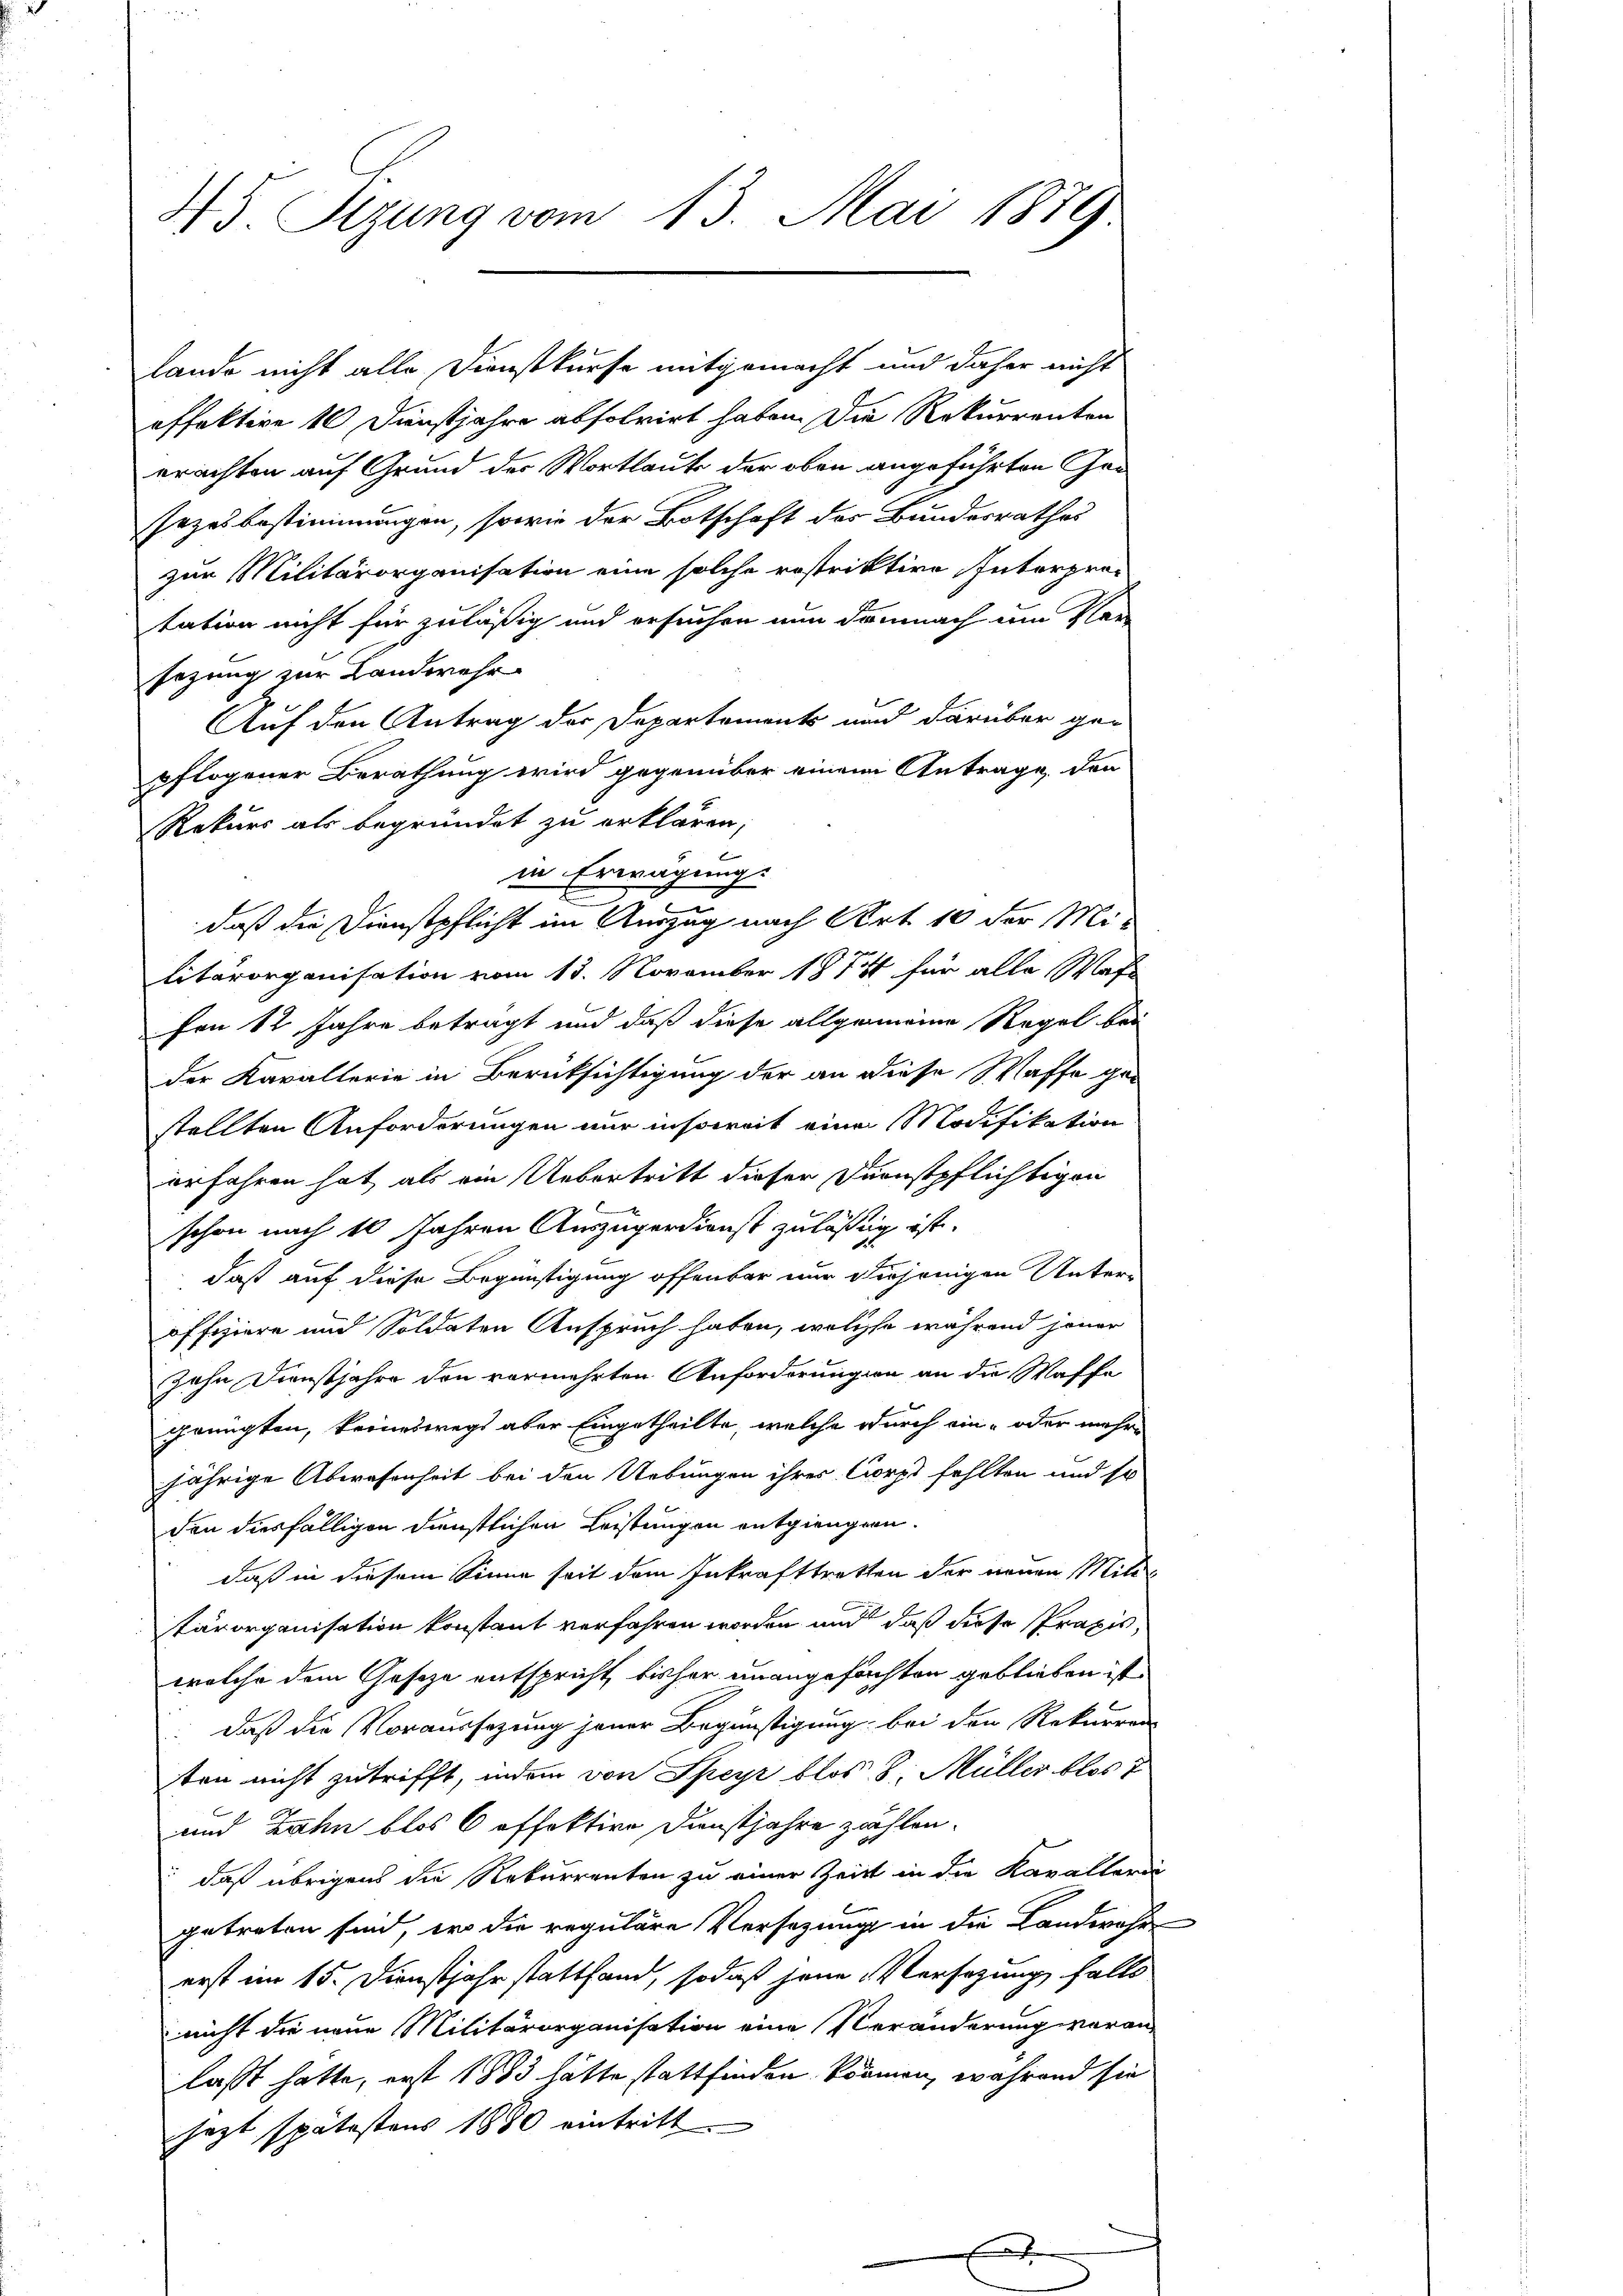
45. Sizung vom 13. Mai 1879

effektive 10 Dienstjahre absolvirt haben. Die Rekurrenten
erachten auf Grund der Wortlaut der oben angeführten Gansezes bestimmungen, sowie der Botschaft des Bundesrathes
zur Militärorganisation eine solche rostriktire Interprotation nicht für zuläßig und ersuchen nun demnach um Ver-
sezung zur Landwehr
Auf den Antrag der Departements und darüber ge-
pflogener Berathung wird gegenüber einem Antrage, den
Rekurs als begründet zu erklären,
6
in Erwägung.
daß die Dienstpflicht im Auszug nach Art 10 der Militärorganisation vom 13. November 1871 für alle Wahl
fon 12 Jahre betragt und daß diese allgemeine Regel bei
der Kavallerie in Berüksichtigung der an diese Waffe gan
stellten Anforderungen nur insoweit eine Modifikation
erfahren hat, als ein Uebertritt dieser Durnstpflichtigen
schon nach 10 Jahren Auszugerdienst zulässig ist.
daß auf diese Begünstigung offenbar nur diejenigen Unter-
offiziere und Soldaten Anspruch haben, welche während jener
zahn Dienstjahre den vermehrten Anforderungen an die Waffe
gringten, keineswegs aber Eingetheilte, welche durch ein- oder mehr
jährige Abwesenheit bei den Uebungen ihres Corps fehlten und so
den diesfälligen Dienstlichen Leistungen entgiengern.
daß in diesem Sinne seit dem Inkrafttretten der neuen Militärorganisation konstant verfahren worden und daß diese Praxis,
welche dem Geseze entspricht, bisher unangefachten geblieben ist.
daß die Voraussezung jener Begünstigung bei den Rekurren
ten nicht zutrifft, indem von Speyr blos 8. Müller blos
und Zahn blos 6 offektive Dienstjahre zählen.
 daß übrigens die Rekurrenten zu einer Zeit in die Kavallerdi
getreten sind, wo die reguläre Versezung in die Landwehr-
erst im 15. Dienstjahr stattfand, sodaß jene Versetzung falls
nicht die neue Militärorganisation eine Veränderung voran
lasst hatte, erst 1883 hätte stattfinden kämen, während sie
jezt spätestens 1880 eintritt.

lande nicht alle Dienstkurse mitgemacht und daher nicht

.